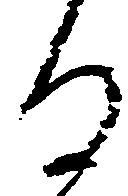
る